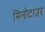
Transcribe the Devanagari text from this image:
मिनोटाउर